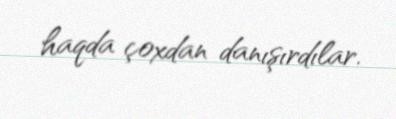
haqda çoxdan danışırdılar.